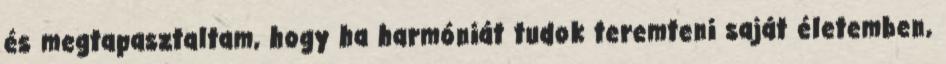
és megtapasztaltam, hogy ha harmóniát tudok teremteni saját életemben,